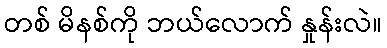
တစ် မိနစ်ကို ဘယ်လောက် နှုန်းလဲ။